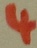
Text: 4